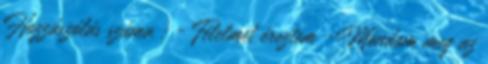
Hozzászólás száma : - Félelmet éreztem -Mondom meg az